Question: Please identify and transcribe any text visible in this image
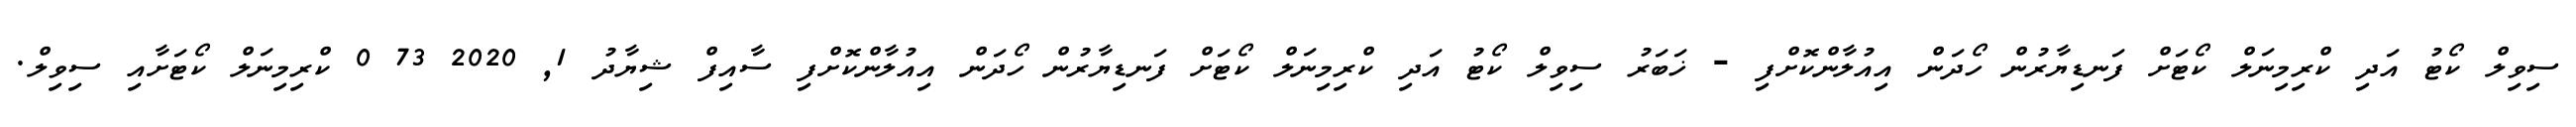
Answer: ސިވިލް ކޯޓު އަދި ކްރިމިނަލް ކޯޓަށް ފަނޑިޔާރުން ހޯދަން އިއުލާންކޮށްފި - ޚަބަރު ސިވިލް ކޯޓު އަދި ކްރިމިނަލް ކޯޓަށް ފަނޑިޔާރުން ހޯދަން އިއުލާންކޮށްފި ސާއިފް ޝިޔާދު 1, 2020 73 0 ކްރިމިނަލް ކޯޓަށާއި ސިވިލް.